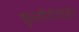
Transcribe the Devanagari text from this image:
कुस्तीगीरांची